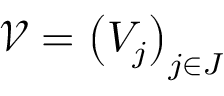
{ \mathcal { V } } = \left( V _ { j } \right) _ { j \in J }